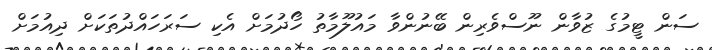
ސަން ޓީމުގެ ޒުވާން ނޫސްވެރިން ބޭނުންވާ މައުލޫމާތު ހޯދުމަށް އެކި ސަރަހައްދުތަކަށް ދިއުމަށް